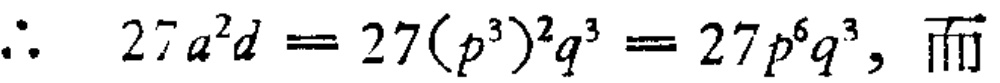
\(\therefore\ 27a^{2}d = 27(p^{3})^{2}q^{3}=27p^{6}q^{3},\ 而\)